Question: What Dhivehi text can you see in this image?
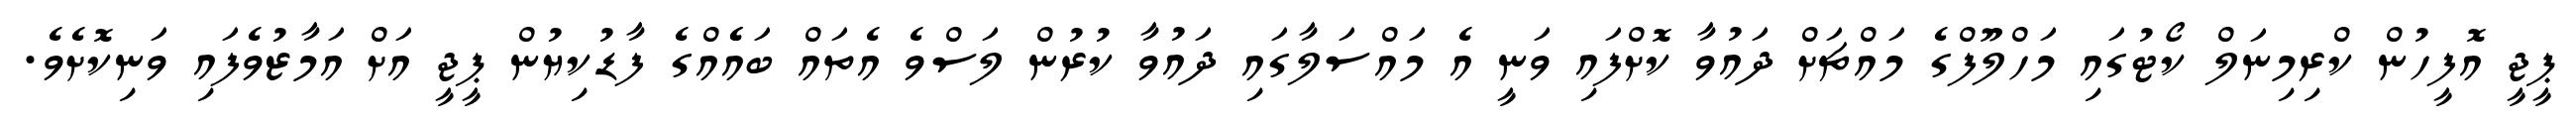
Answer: ޕީޖީ އޮފީހުން ކްރިމިނަލް ކޯޓުގައި މަހްލޫފްގެ މައްޗަށް ދައުވާ ކޮށްފައި ވަނީ އެ މައްސަލާގައި ދައުވާ ކުރުން ލަސްވެ އެތައް ބައެެއްގެ ފާޑުކިޔުން ޕީޖީ އަށް އަމާޒުވެފައި ވަނިކޮށެވެ.